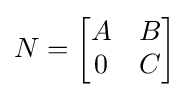
N={\begin{bmatrix}A&B\\0&C\end{bmatrix}}